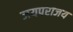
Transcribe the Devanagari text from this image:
जयपराजय